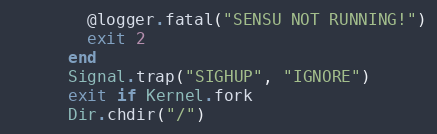
Language: Ruby
        @logger.fatal("SENSU NOT RUNNING!")
        exit 2
      end
      Signal.trap("SIGHUP", "IGNORE")
      exit if Kernel.fork
      Dir.chdir("/")